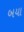
બયા